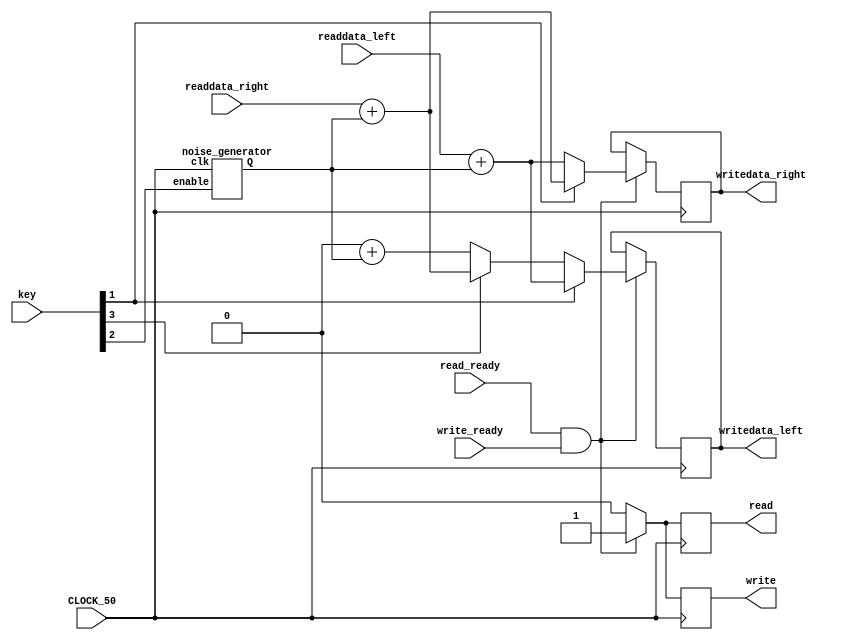
module z3
(
    input           CLOCK_50,
    input           read_ready,
    input           write_ready,
    input   [23:0 ] readdata_left,
    input   [23:0 ] readdata_right,
    input   [3:0]   key,
    output reg         read,
    output reg         write,
    output reg  [23:0 ] writedata_left,
    output reg  [23:0 ] writedata_right
);
wire [23:0] Q;
noise_generator noise_generator (
    .clk (CLOCK_50),
    .enable (key[2]),
    .Q (Q)
);
always @ (posedge CLOCK_50)
	begin
		if (read_ready == 1'b1 && write_ready == 1'b1)
		begin
            if (key[1] == 1'b1) begin
                writedata_left <= readdata_left + Q;
                writedata_right <= readdata_right + Q;
            end else begin
					if (key[3])
                writedata_left <= readdata_right + Q;
					else
					 writedata_left <= 24'b0 + Q;
                writedata_right <= readdata_left + Q;
            end
				
				
					
			read <= 1'b1;
			write <= 1'b1;
		end	else begin
			read <= 1'b0;
			write <= 1'b0;
		end
	end
endmodule

module noise_generator (clk, enable, Q);
    input clk, enable;
    output [23:0] Q;
    reg [2:0] counter;
    always @ (posedge clk)
        if (enable)
            counter = counter + 1'b1;
    assign Q = {{10{counter[2]}}, counter, 11'd0};
endmodule